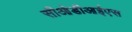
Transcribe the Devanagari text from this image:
सीओडीआईएस